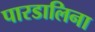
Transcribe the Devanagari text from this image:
पारडालिना